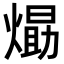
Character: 𭵹